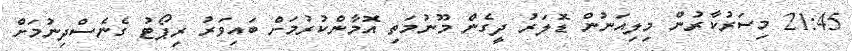
21:45 މިސަރުކާރުން މިލިއަނުން ޑޮލަރު ދީގެން މޫނުމަތި އޮމާންކުރުމަށް ބައިވަރު ރިޕޯޓު ގެނެސްދިނުމަށް